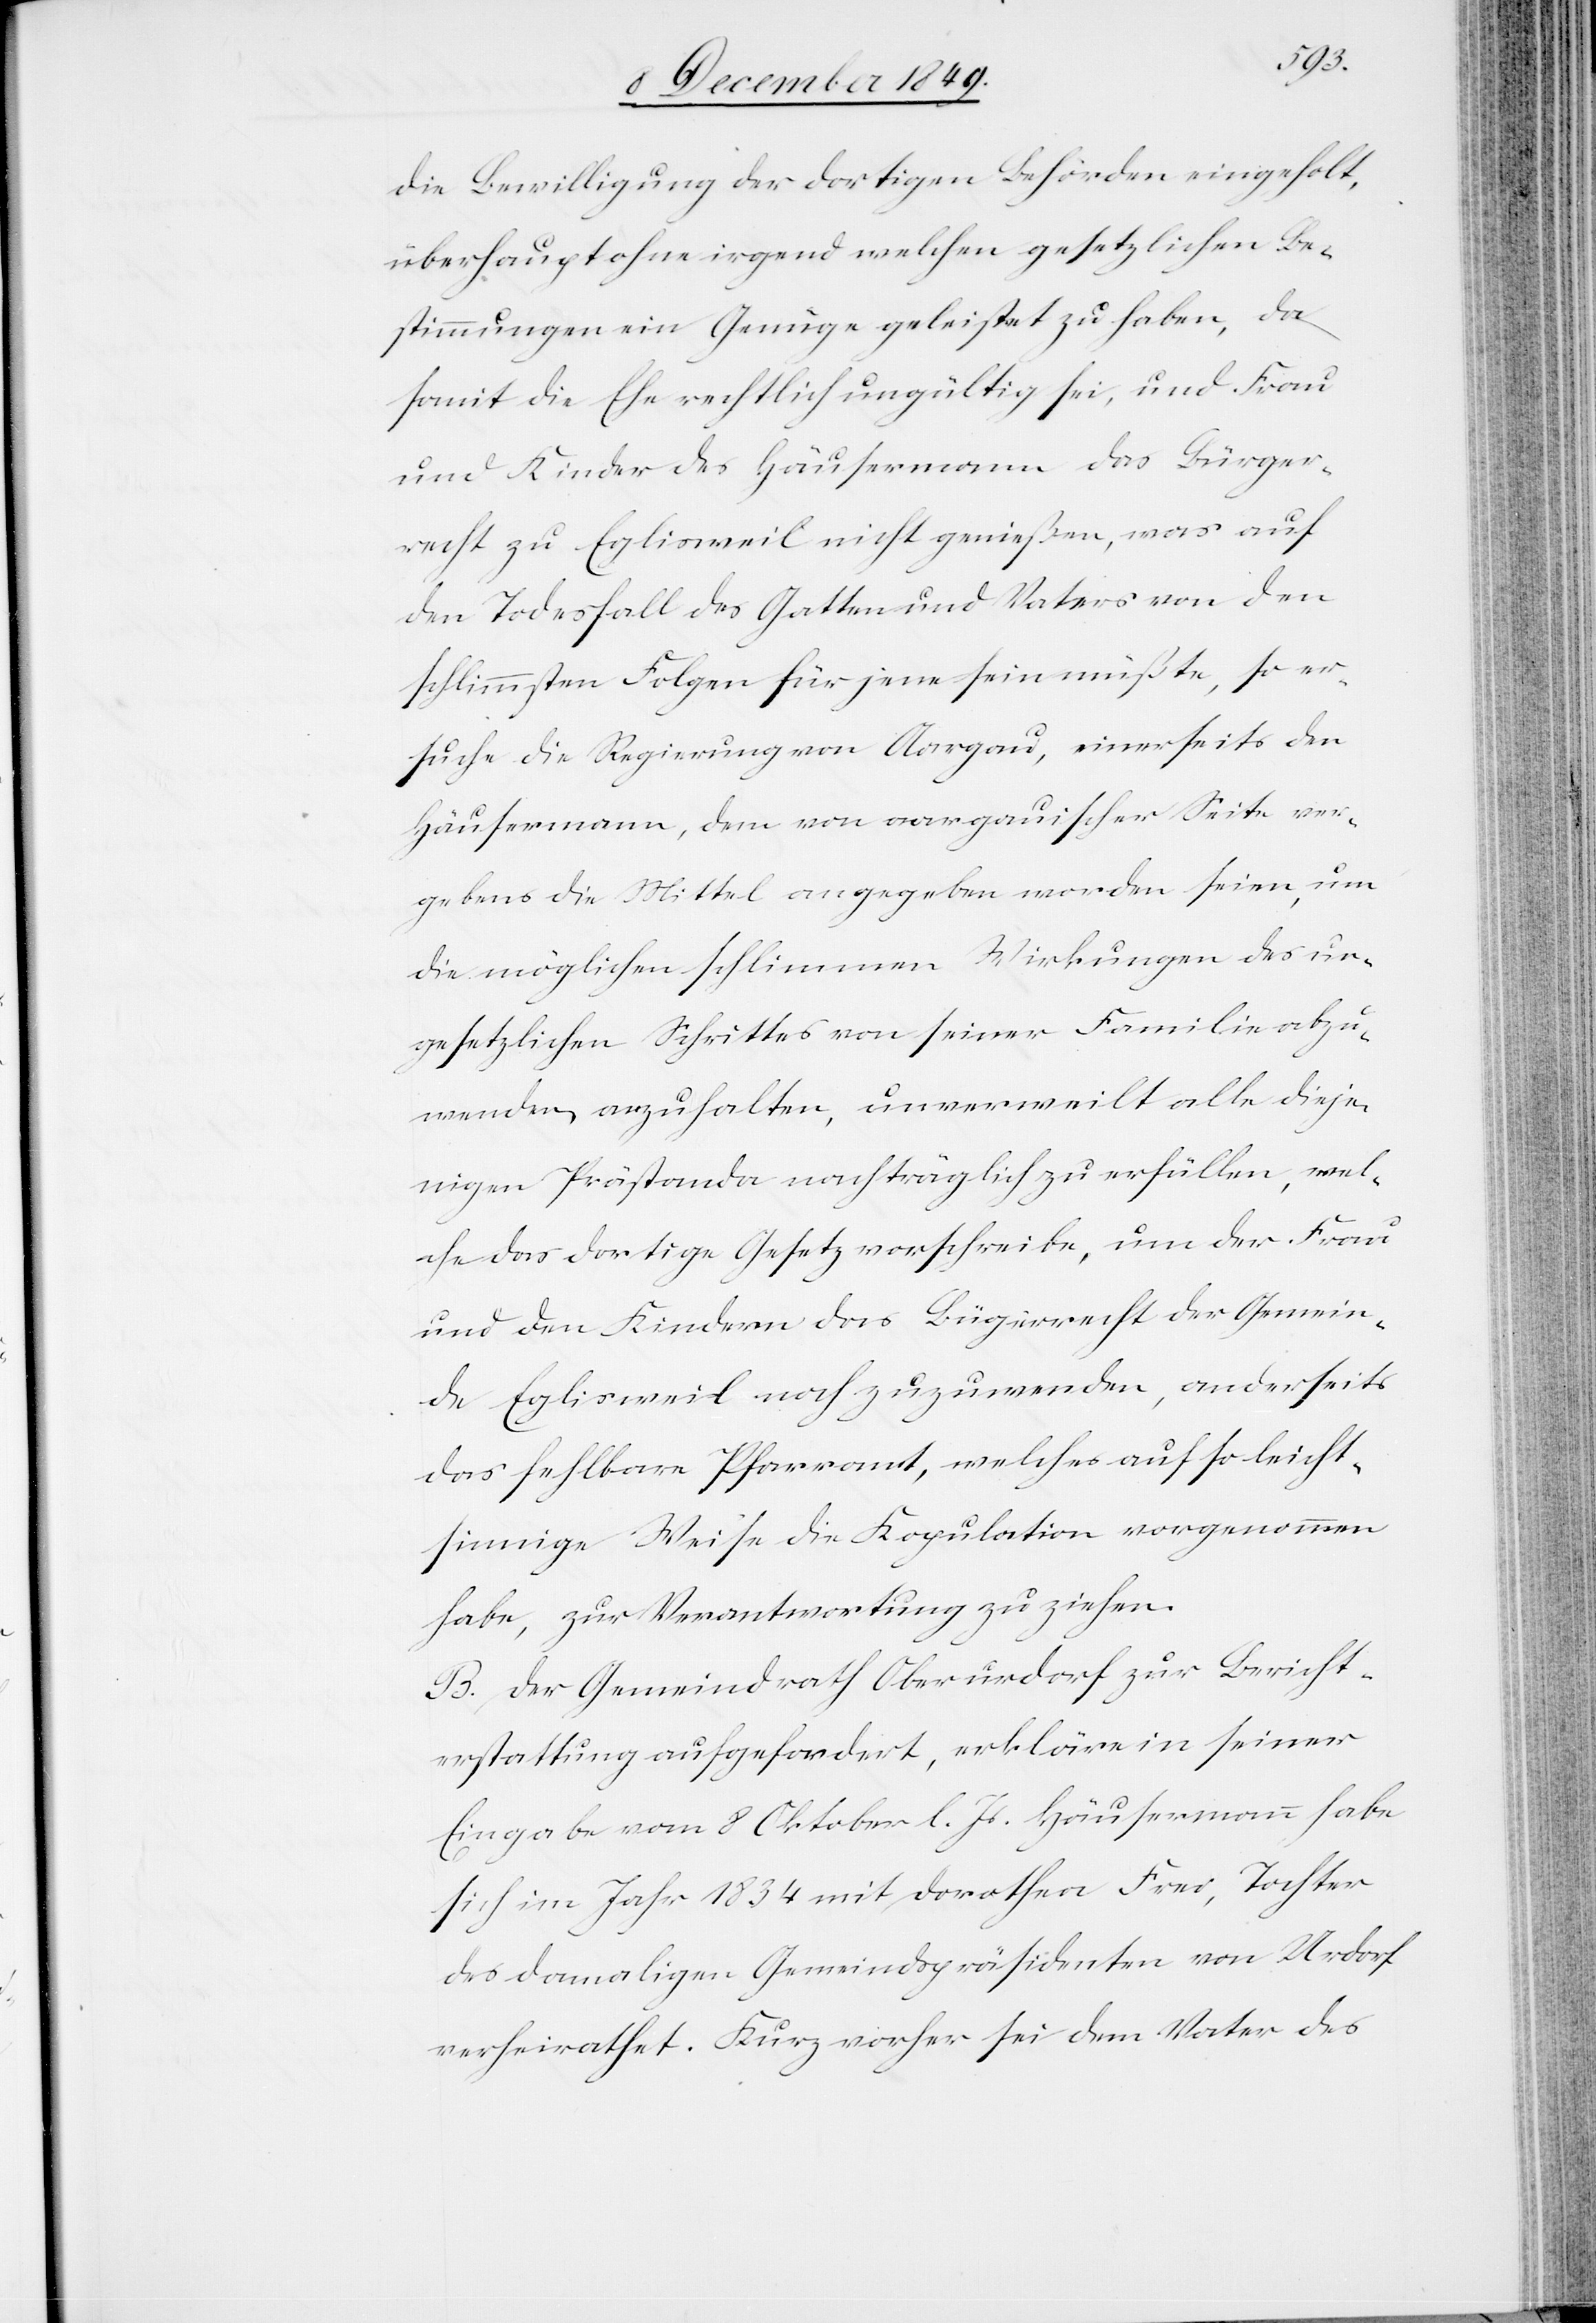
die Bewilligung der dortigen Behörden eingeholt,
überhaupt ohne irgend welchen gesetzlichen Be¬
stimmungen ein Genüge geleistet zu haben, da
somit die Ehe rechtlich ungültig sei, und Frau
und Kinder Häusermann das Bürger¬
recht zu Eglisweil nicht genießen, was auf
den Todesfall des Gatten und Vaters von den
schlimmsten Folgen für jene sein müßte, so er¬
suche die Regierung von Aargau, einerseits den
Häusermann, dem von aargauischer Seite ver¬
gebens die Mittel angegeben worden seien, um
die möglichen schlimmen Wirkungen des un¬
gesetzlichen Schrittes von seiner Familie abzu¬
wenden anzuhalten, unvermittelt alle dieje¬
nigen Prästanda nachträglich zu erfüllen, wel¬
che das dortige Gesetz vorschreibe, um der Frau
und den Kindern das Bürgerrecht der Gemein¬
de Eglisweil noch zuzuwenden, anderseits
das fehlbare Pfarramt, welches auf so leicht¬
sinnige Weise die Kopulation vorgenommen
habe, zur Verantwortung zu ziehen.
B. Der Gemeindrath Oberurdorf zur Bericht¬
erstattung aufgefordert, erkläre in seiner
Eingabe vom 8 Oktober l. Js. Häusermann habe
sich im Jahr 1834 mit Dorothea Frei, Tochter
des damaligen Gemeindspräsidenten von Urdorf
verheirathet. Kurz vorher sei dem Vater des